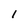
Character: 1